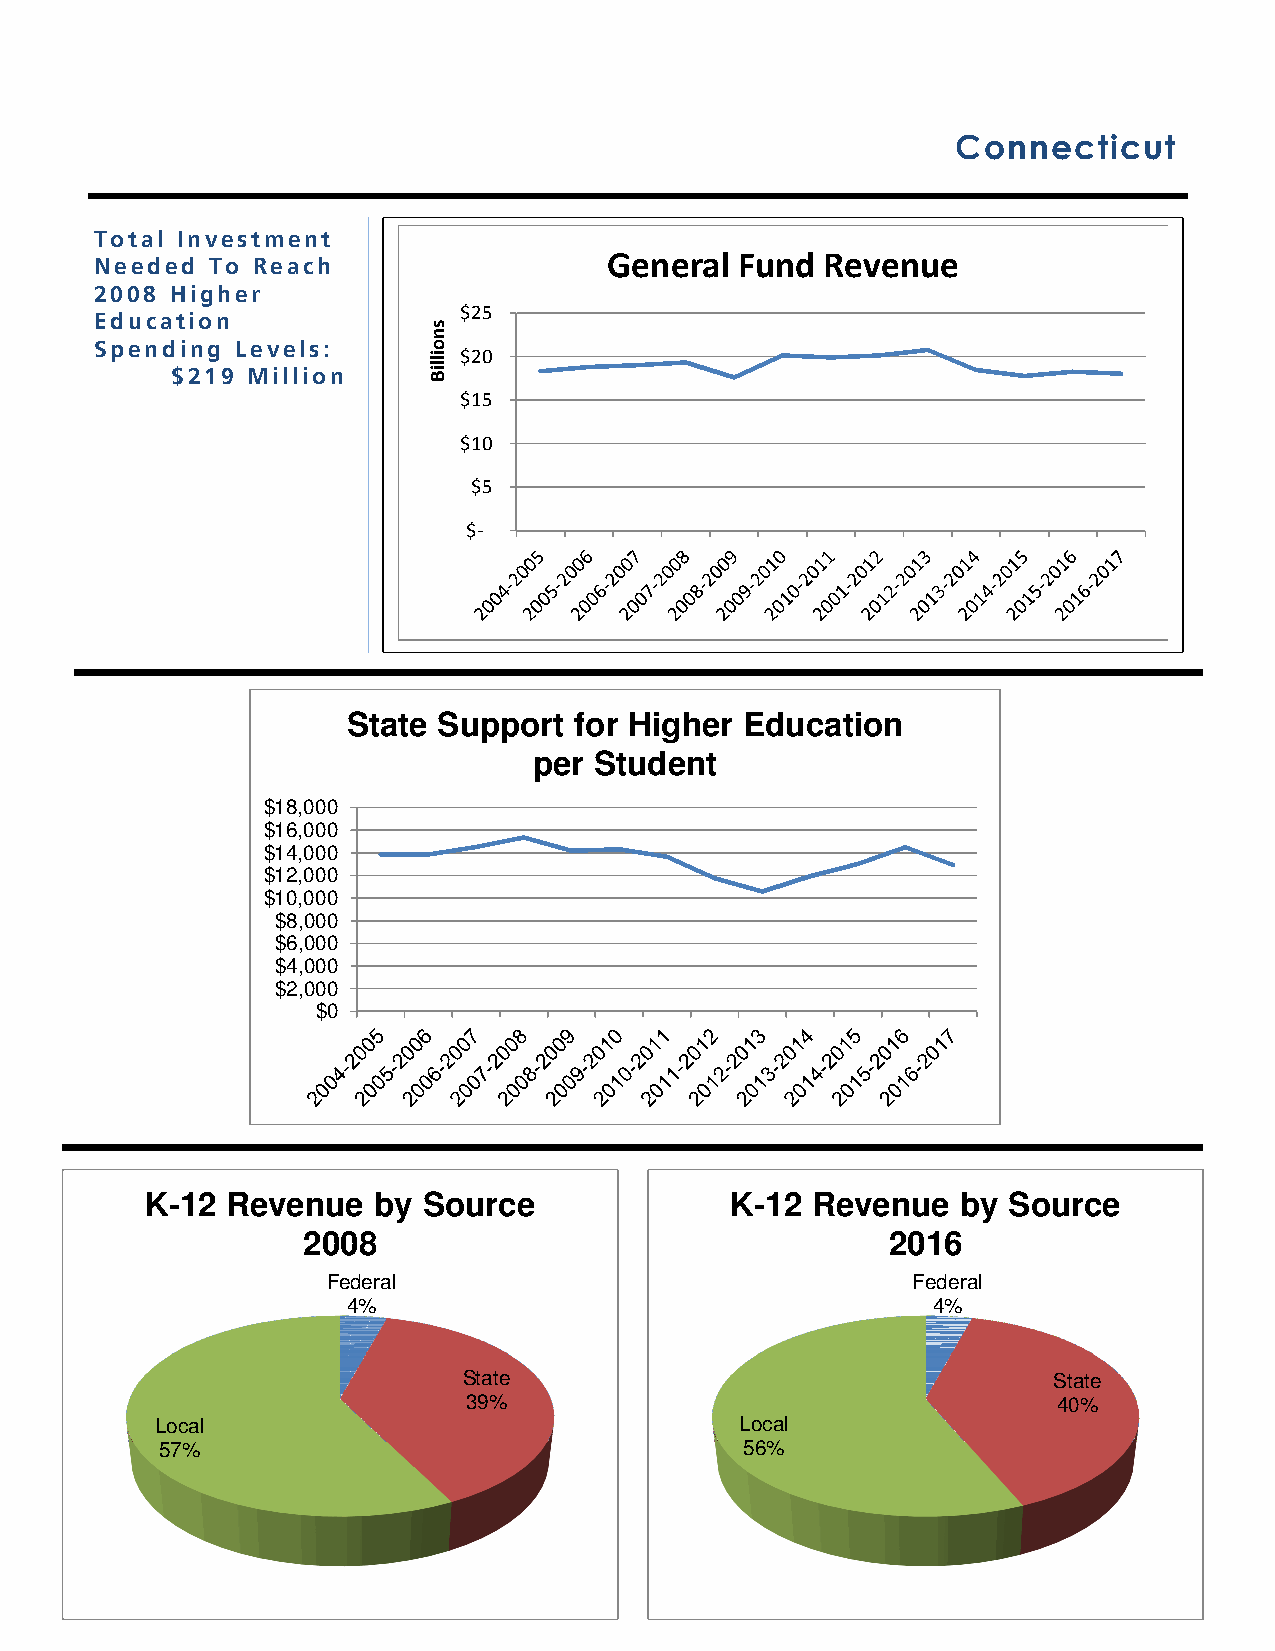
Connecticut
 Total Investment
 General  Fund  Revenue
 Needed  To Reach
 2008 Higher
 $25
 Education
 Spending  Levels:        $20
 $219 Million
 $15
 $10
 $5
 $-
 State Support  for Higher Education
 per Student
 $18,000
 $16,000
 $14,000
 $12,000
 $10,000
 $8,000
 $6,000
 $4,000
 $2,000
 $0
 K-12 Revenue   by Source              K-12  Revenue   by Source
 2008                                   2016
 Federal                               Federal
 4%                                     4%
 State                                  State
 39%                                    40%
 Local                                  Local
 57%                                   56%
 snoilliB